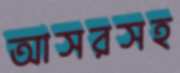
আসরসহ